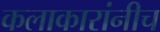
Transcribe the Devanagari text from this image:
कलाकारांनीच